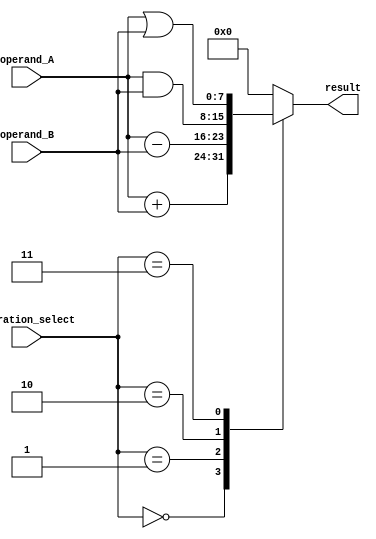
module ALU(
  input [3:0] operation_select,
  input [7:0] operand_A,
  input [7:0] operand_B,
  output reg [7:0] result
);

always @(*)
begin
  case(operation_select)
    4'b0000: result = operand_A + operand_B; // Addition
    4'b0001: result = operand_A - operand_B; // Subtraction
    4'b0010: result = operand_A & operand_B; // Bitwise AND
    4'b0011: result = operand_A | operand_B; // Bitwise OR
    // Add more operations as needed
    default: result = 8'b0; // Default value
  endcase
end

endmodule